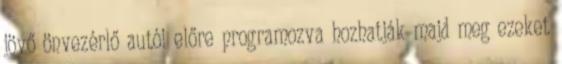
jövő önvezérlő autói előre programozva hozhatják majd meg ezeket